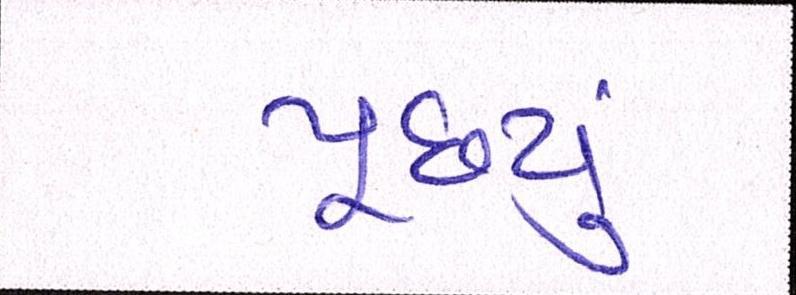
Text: પૂછ્યું